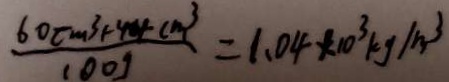
\frac { 6 0 c m ^ { 3 } + 4 4 c m ^ { 3 } } { 1 0 0 g } = 1 . 0 4 \times 1 0 ^ { 3 } k g / m ^ { 3 }